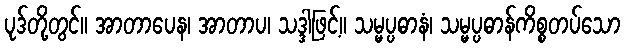
ပုဒ်တို့တွင်။ အာတာပေန၊ အာတာပ၊ သဒ္ဒါဖြင့်။ သမ္မပ္ပဓာနံ၊ သမ္မပ္ပဓာန်ကိစ္စတပ်သော